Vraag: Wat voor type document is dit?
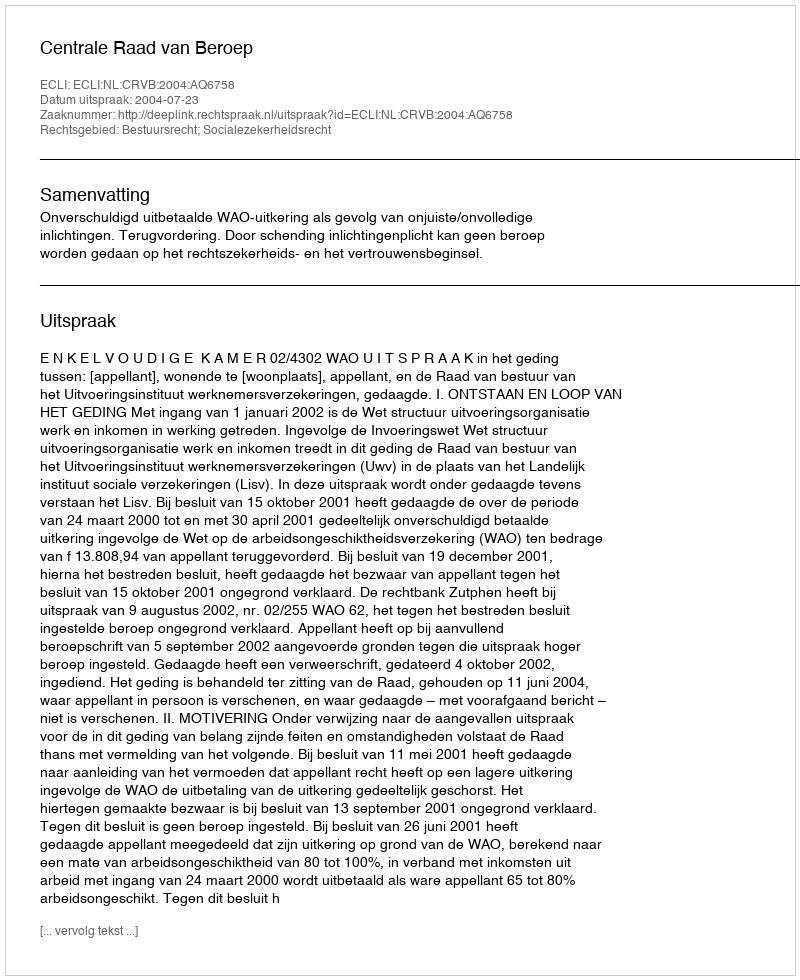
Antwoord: Uitspraak